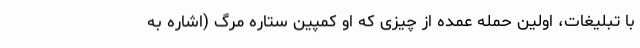
با تبلیغات، اولین حمله عمده از چیزی که او کمپین ستاره مرگ (اشاره به